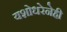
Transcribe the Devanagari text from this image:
यशोधरेनेही